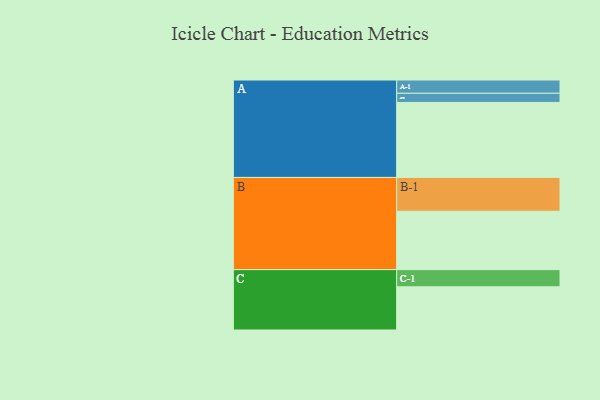
{"axis": {"x": "Segment", "y": "Value"}, "legend": ["", "A", "B", "C"], "data": [{"x": "A", "y": 599, "type": ""}, {"x": "B", "y": 466, "type": ""}, {"x": "C", "y": 345, "type": ""}, {"x": "A-1", "y": 106, "type": "A"}, {"x": "A-2", "y": 73, "type": "A"}, {"x": "B-1", "y": 270, "type": "B"}, {"x": "C-1", "y": 137, "type": "C"}]}